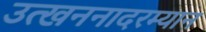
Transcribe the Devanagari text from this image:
उत्खननादरम्यान